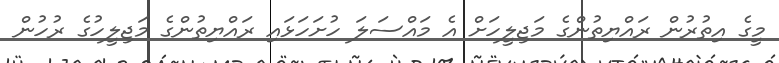
މީގެ އިތުރުން ރައްޔިތުންގެ މަޖިލީހަށް އެ މައްސަލަ ހުށަހަޅައި ރައްޔިތުންގެ މަޖިލީހުގެ ރުހުން